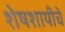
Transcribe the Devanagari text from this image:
शेषशायीचे